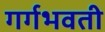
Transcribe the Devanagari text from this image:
गर्गभवती